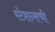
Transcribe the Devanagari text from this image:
स्टेशन्सची